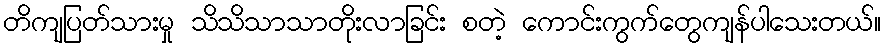
တိကျပြတ်သားမှု သိသိသာသာတိုးလာခြင်း စတဲ့ ကောင်းကွက်တွေကျန်ပါသေးတယ်။